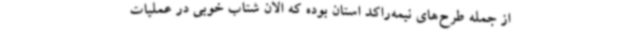
از جمله طرح‌های نیمه‌راکد استان بوده که الان شتاب خوبی در عملیات